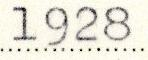
1928